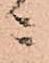
ニ